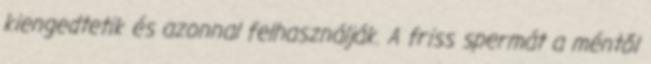
kiengedtetik és azonnal felhasználják. A friss spermát a méntől